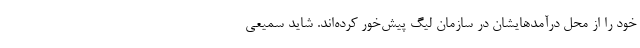
خود را از محل درآمدهایشان در سازمان لیگ پیش‌خور کرده‌اند. شاید سمیعی